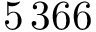
5 \, 3 6 6